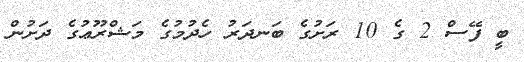
ބީ ފޭސް 2 ގެ 10 ރަށުގެ ބަނދަރު ހެދުމުގެ މަޝްރޫޢުގެ ދަށުން